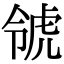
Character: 𧆺